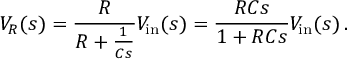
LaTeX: V _ { R } ( s ) = { \frac { R } { R + { \frac { 1 } { C s } } } } V _ { \mathrm { i n } } ( s ) = { \frac { R C s } { 1 + R C s } } V _ { \mathrm { i n } } ( s ) \, .